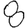
Digit: 8